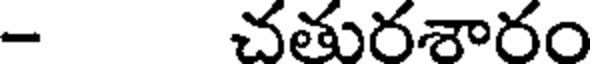
- చతురశారం